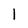
Character: l